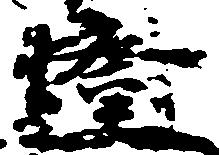
燈